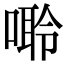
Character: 𠻠